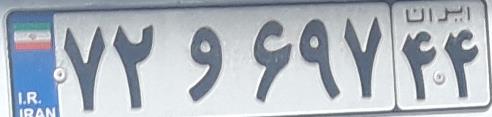
۷۲و۶۹۷۴۴